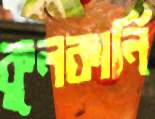
কুলকার্নি